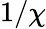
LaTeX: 1/\chi